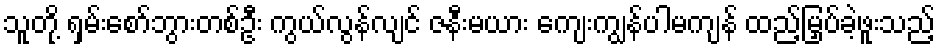
သူတို့ ရှမ်းစော်ဘွားတစ်ဦး ကွယ်လွန်လျင် ဇနီးမယား ကျေးကျွန်ပါမကျန် ထည့်မြှပ်ခဲ့ဖူးသည့်